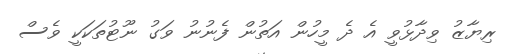
ރިޔާޒު ވިދާޅުވީ އެ ދެ މީހުން އަތުން ފެނުނު ވަގު ނޫޓުތަކަކީ ވެސް